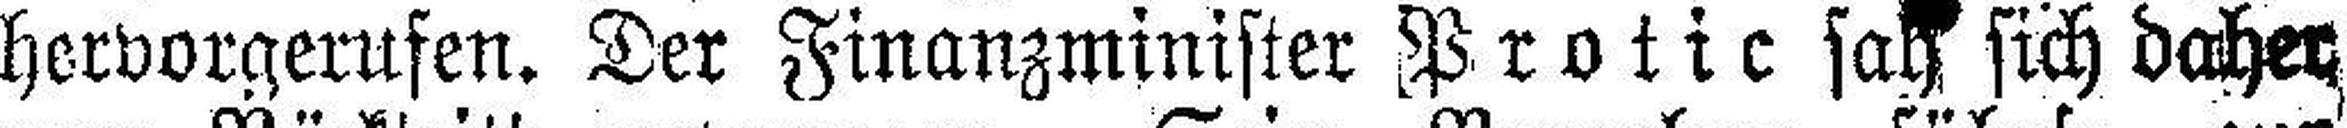
hervorgerufen. Der Finanzminister Protic sah sich daher